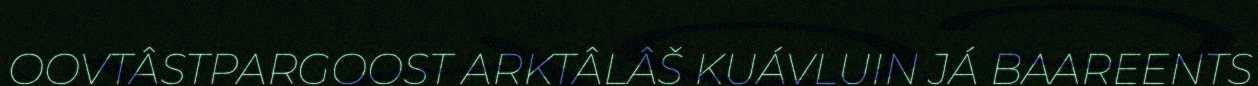
OOVTÂSTPARGOOST ARKTÂLÂŠ KUÁVLUIN JÁ BAAREENTS